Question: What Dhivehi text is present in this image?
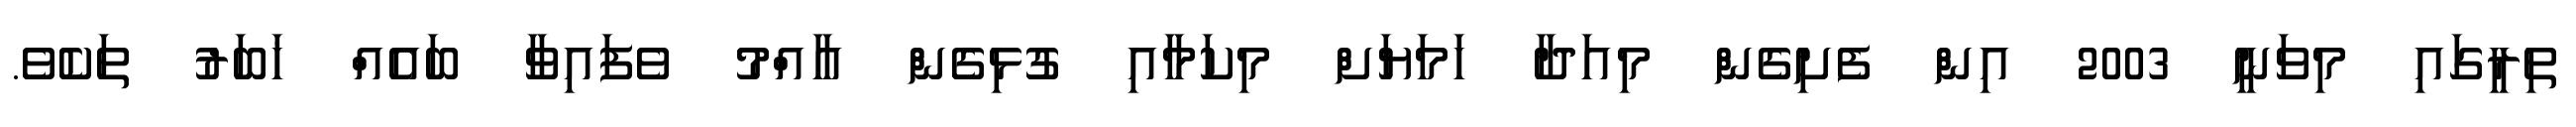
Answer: ތިރީގައި މިވަނީ 2003 އިން ފެށިގެން މިއަދާ ހަމަޔަށް މިކަމާއި ގުޅިގެން އާއްމު ވެފައިވާ ބައެއް ޚަބަރު ތަކެވެ.